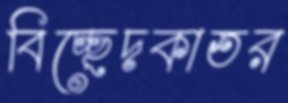
বিচ্ছেদকাতর